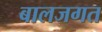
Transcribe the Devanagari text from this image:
बालजगत